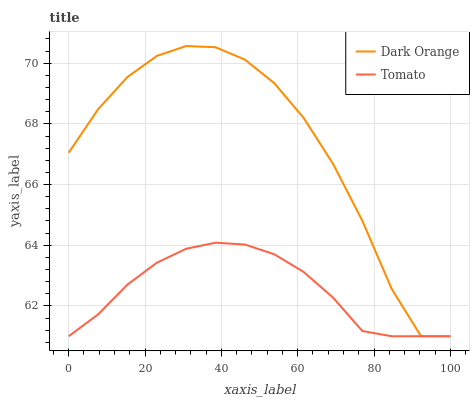
| xaxis_label | Dark Orange | Tomato |
 | --- | --- | --- |
 | 0 | 67 | 61 |
 | 7.69 | 68.5 | 61.7 |
 | 15.4 | 69.5 | 62.7 |
 | 23.1 | 70.2 | 63.4 |
 | 30.8 | 70.6 | 63.9 |
 | 38.5 | 70.5 | 64.1 |
 | 46.2 | 70.1 | 64 |
 | 53.8 | 69.3 | 63.7 |
 | 61.5 | 68.2 | 63.1 |
 | 69.2 | 66.7 | 62.3 |
 | 76.9 | 64.8 | 61.2 |
 | 84.6 | 62.6 | 61 |
 | 92.3 | 61 | 61 |
 | 100 | 61 | 61 |